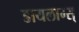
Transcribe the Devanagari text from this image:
डायलाग्स्